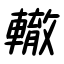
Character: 轍